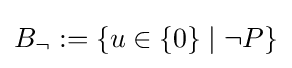
B_{\neg }:=\{u\in \{0\}\mid \neg P\}